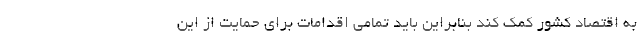
به اقتصاد کشور کمک کند بنابراین باید تمامی اقدامات برای حمایت از این